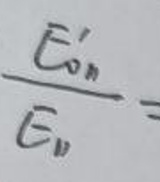
\frac{E_{0n}'}{E_{n}} =